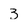
Character: 3